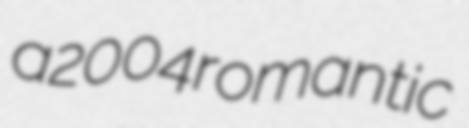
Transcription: a 2004 romantic